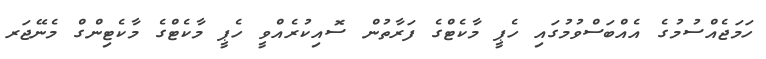
ހަމަޖެއްސުމުގެ އެއްބަސްވުމުގައި ހެޕީ މާކެޓްގެ ފަރާތުން ސޮއިކުރެއްވީ ހެޕީ މާކެޓްގެ މާކެޓިންގް މެނޭޖަރ